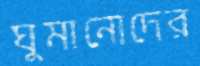
ঘুমানোদের